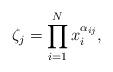
LaTeX: \begin{align*}\zeta_j = \prod_{i=1}^N x_i^{\alpha_{ij}},\end{align*}